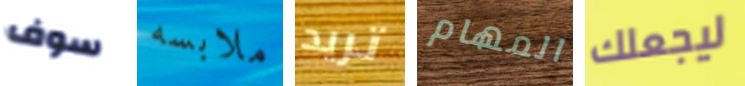
سوف ملابسه تريد المهام ليجعلك